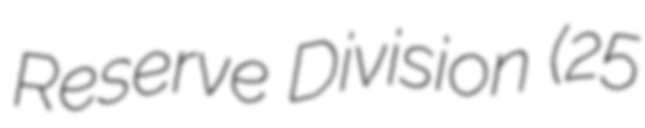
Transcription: Reserve Division (25